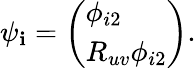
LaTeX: \psi_{\mathbf{i}}=\left(\begin{array}{l}{{\phi_{i2}}}\\ {{R_{uv}\phi_{i2}}}\end{array}\right).